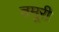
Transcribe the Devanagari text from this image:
तमूरी